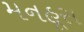
મનહૂસ